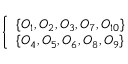
\left\{ \begin{array} { l l } { \{ O _ { 1 } , O _ { 2 } , O _ { 3 } , O _ { 7 } , O _ { 1 0 } \} } \\ { \{ O _ { 4 } , O _ { 5 } , O _ { 6 } , O _ { 8 } , O _ { 9 } \} } \end{array} \right.